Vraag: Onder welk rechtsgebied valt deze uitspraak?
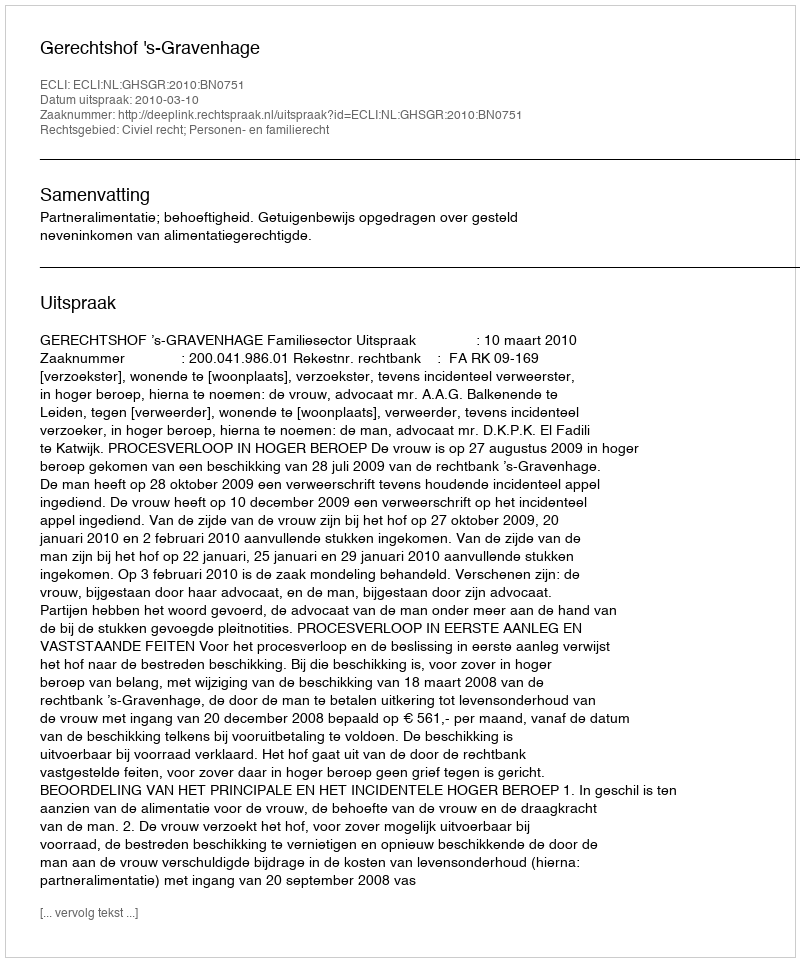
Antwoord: Civiel recht; Personen- en familierecht